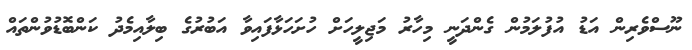
ނޫސްވެރިން އަޑު އުފުލަމުން ގެންދަނީ މިހާރު މަޖިލީހަށް ހުށަހަޅާފައިވާ އަބުރުގެ ބިލާއިމެދު ކަންބޮޑުވުންތައް